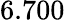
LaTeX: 6.700